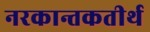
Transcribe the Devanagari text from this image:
नरकान्तकतीर्थ